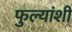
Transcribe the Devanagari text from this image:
फुल्यांशी